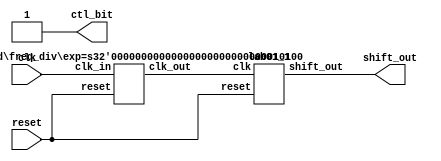
module lab1_1 (clk, reset, shift_out, ctl_bit);
input clk;	 	    // pin 55
input reset;	    // pin 47
output[7:0]shift_out; 
// pin 98, 99, 100, 101, 102, 109, 110, 111
output ctl_bit; 	   // pin 88
assign ctl_bit= 1'b1;
freq_div#(20) M1 (clk, reset, clk_work); 
lab01_1 M2 (clk_work, reset, shift_out);
endmodule
//---------------------------------------------------------
module lab01_1 (clk, reset, shift_out);
input clk, reset;
output	[7:0]shift_out;
reg	[7:0]	shift_out;
always@ (posedge clk or posedge reset)
begin
if(reset)
shift_out= 8'b1100_0000;
else
shift_out= {shift_out[0], shift_out[7:1]};
end
endmodule
//--------------------------------------------------------
module freq_div(clk_in, reset, clk_out);
parameter exp = 20;   
input clk_in, reset;
output clk_out;
reg[exp-1:0] divider;
integer i;
assign clk_out= divider[exp-1];
always@ (posedge clk_in or posedge reset)
begin
if(reset)
for(i=0; i < exp; i=i+1)
divider[i] = 1'b0;
else
divider = divider+ 1'b1;
end
endmodule